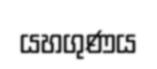
යහගුණය